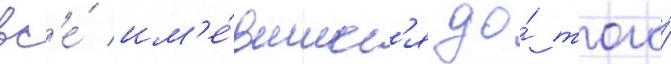
вс'е́ им'е́вшиес'я до́ того́